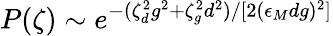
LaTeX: P(\zeta)\sim e^{-(\zeta_{d}^{2}g^{2}+\zeta_{g}^{2}d^{2})/[2(\epsilon_{M}dg)^{2}]}